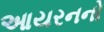
આયરનનો